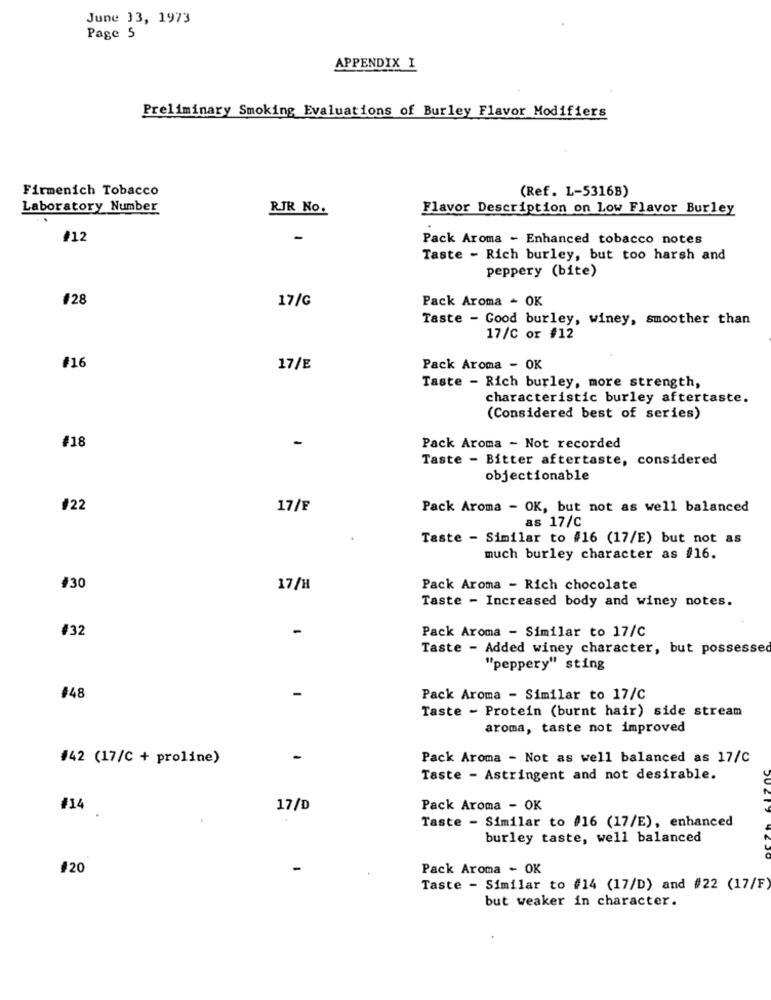
June 33, 1973
Page 5
APPENDIX I
Preliminary Smoking Evaluations of Burley Flavor Modifiers
Firmenich Tobacco
(Ref. L-5316B)
Laboratory Number
RJR No.
Flavor Description on Low Flavor Burley
#12
-
Pack Aroma - Enhanced tobacco notes
Taste - Rich burley, but too harsh and
peppery (bite)
#28
17/G
Pack Aroma - OK
Taste - Good burley, winey, smoother than
17/C or #12
#16
17/E
Pack Aroma - OK
Taste - Rich burley, more strength,
characteristic burley aftertaste.
(Considered best of series)
#18
Pack Aroma - Not recorded
Taste - Bitter aftertaste, considered
objectionable
#22
17/F
Pack Aroma - OK, but not as well balanced
as 17/C
Taste - Similar to #16 (17/E) but not as
much burley character as #16.
#30
17/H
Pack Aroma - Rich chocolate
Taste - Increased body and winey notes.
#32
Pack Aroma - Similar to 17/C
Taste - Added winey character, but possessed
"peppery" sting
#48
Pack Aroma - Similar to 17/C
Taste - Protein (burnt hair) side stream
aroma, taste not improved
#42 (17/C + proline)
-
Pack Aroma - Not as well balanced as 17/C
Taste - Astringent and not desirable.
/14
17/D
Pack Aroma - OK
Taste - Similar to #16 (17/E), enhanced
burley taste, well balanced
#20
Pack Aroma - OK
Taste - Similar to #14 (17/D) and #22 (17/F)
but weaker in character.